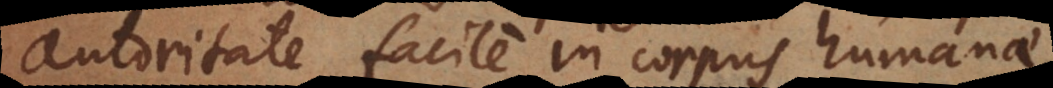
autoritate facile in corpus humanae